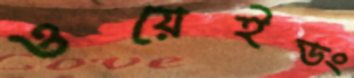
ওয়েইডং